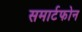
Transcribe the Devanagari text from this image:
समार्टफोन